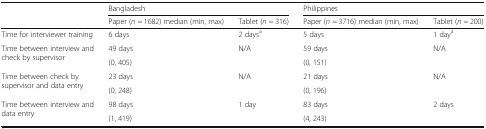
<table><thead><tr><td rowspan="2"></td><td colspan="2"><b>Bangladesh</b></td><td colspan="2"><b>Philippines</b></td></tr><tr><td><b>Paper (<i>n</i> = 1682) median (min, max)</b></td><td><b>Tablet (<i>n</i> = 316)</b></td><td><b>Paper (<i>n</i> = 3716) median (min, max)</b></td><td><b>Tablet (<i>n</i> = 200)</b></td></tr></thead><tbody><tr><td>Time for interviewer training</td><td>6 days</td><td>2 days<sup>a</sup></td><td>5 days</td><td>1 day<sup>a</sup></td></tr><tr><td rowspan="2">Time between interview and check by supervisor</td><td>49 days</td><td rowspan="2">N/A</td><td>59 days</td><td rowspan="2">N/A</td></tr><tr><td>(0, 405)</td><td>(0, 151)</td></tr><tr><td rowspan="2">Time between check by supervisor and data entry</td><td>23 days</td><td rowspan="2">N/A</td><td>21 days</td><td rowspan="2">N/A</td></tr><tr><td>(0, 248)</td><td>(0, 196)</td></tr><tr><td rowspan="2">Time between interview and data entry</td><td>98 days</td><td rowspan="2">1 day</td><td>83 days</td><td rowspan="2">2 days</td></tr><tr><td>(1, 419)</td><td>(4, 243)</td></tr></tbody></table>